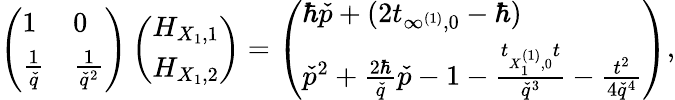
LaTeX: \left(\begin{array}{ll}{1}&{0}\\ {\frac{1}{\check{q}}}&{\frac{1}{\check{q}^{2}}}\end{array}\right)\left(\begin{array}{l}{H_{X_{1},1}}\\ {H_{X_{1},2}}\end{array}\right)=\left(\begin{array}{l}{\hbar\check{p}+(2t_{\infty^{(1)},0}-\hbar)}\\ {\check{p}^{2}+\frac{2\hbar}{\check{q}}\check{p}-1-\frac{t_{X_{1}^{(1)},0}t}{\check{q}^{3}}-\frac{t^{2}}{4\check{q}^{4}}}\end{array}\right),